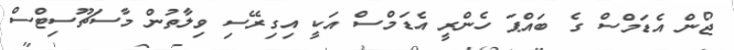
ޖޯން އެޑަމްސް ގެ ބައްޕަ ހެންރީ އެޑަމްސް އަކީ އިގިރޭސި ވިލާތުން މާސަޗޫސިޓްސް